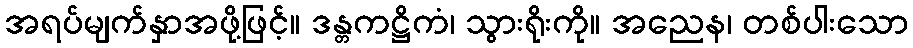
အရပ်မျက်နှာအဖို့ဖြင့်။ ဒန္တကဋ္ဌိကံ၊ သွားရိုးကို။ အညေန၊ တစ်ပါးသော